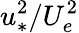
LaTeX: u_{*}^{2}/U_{e}^{2}